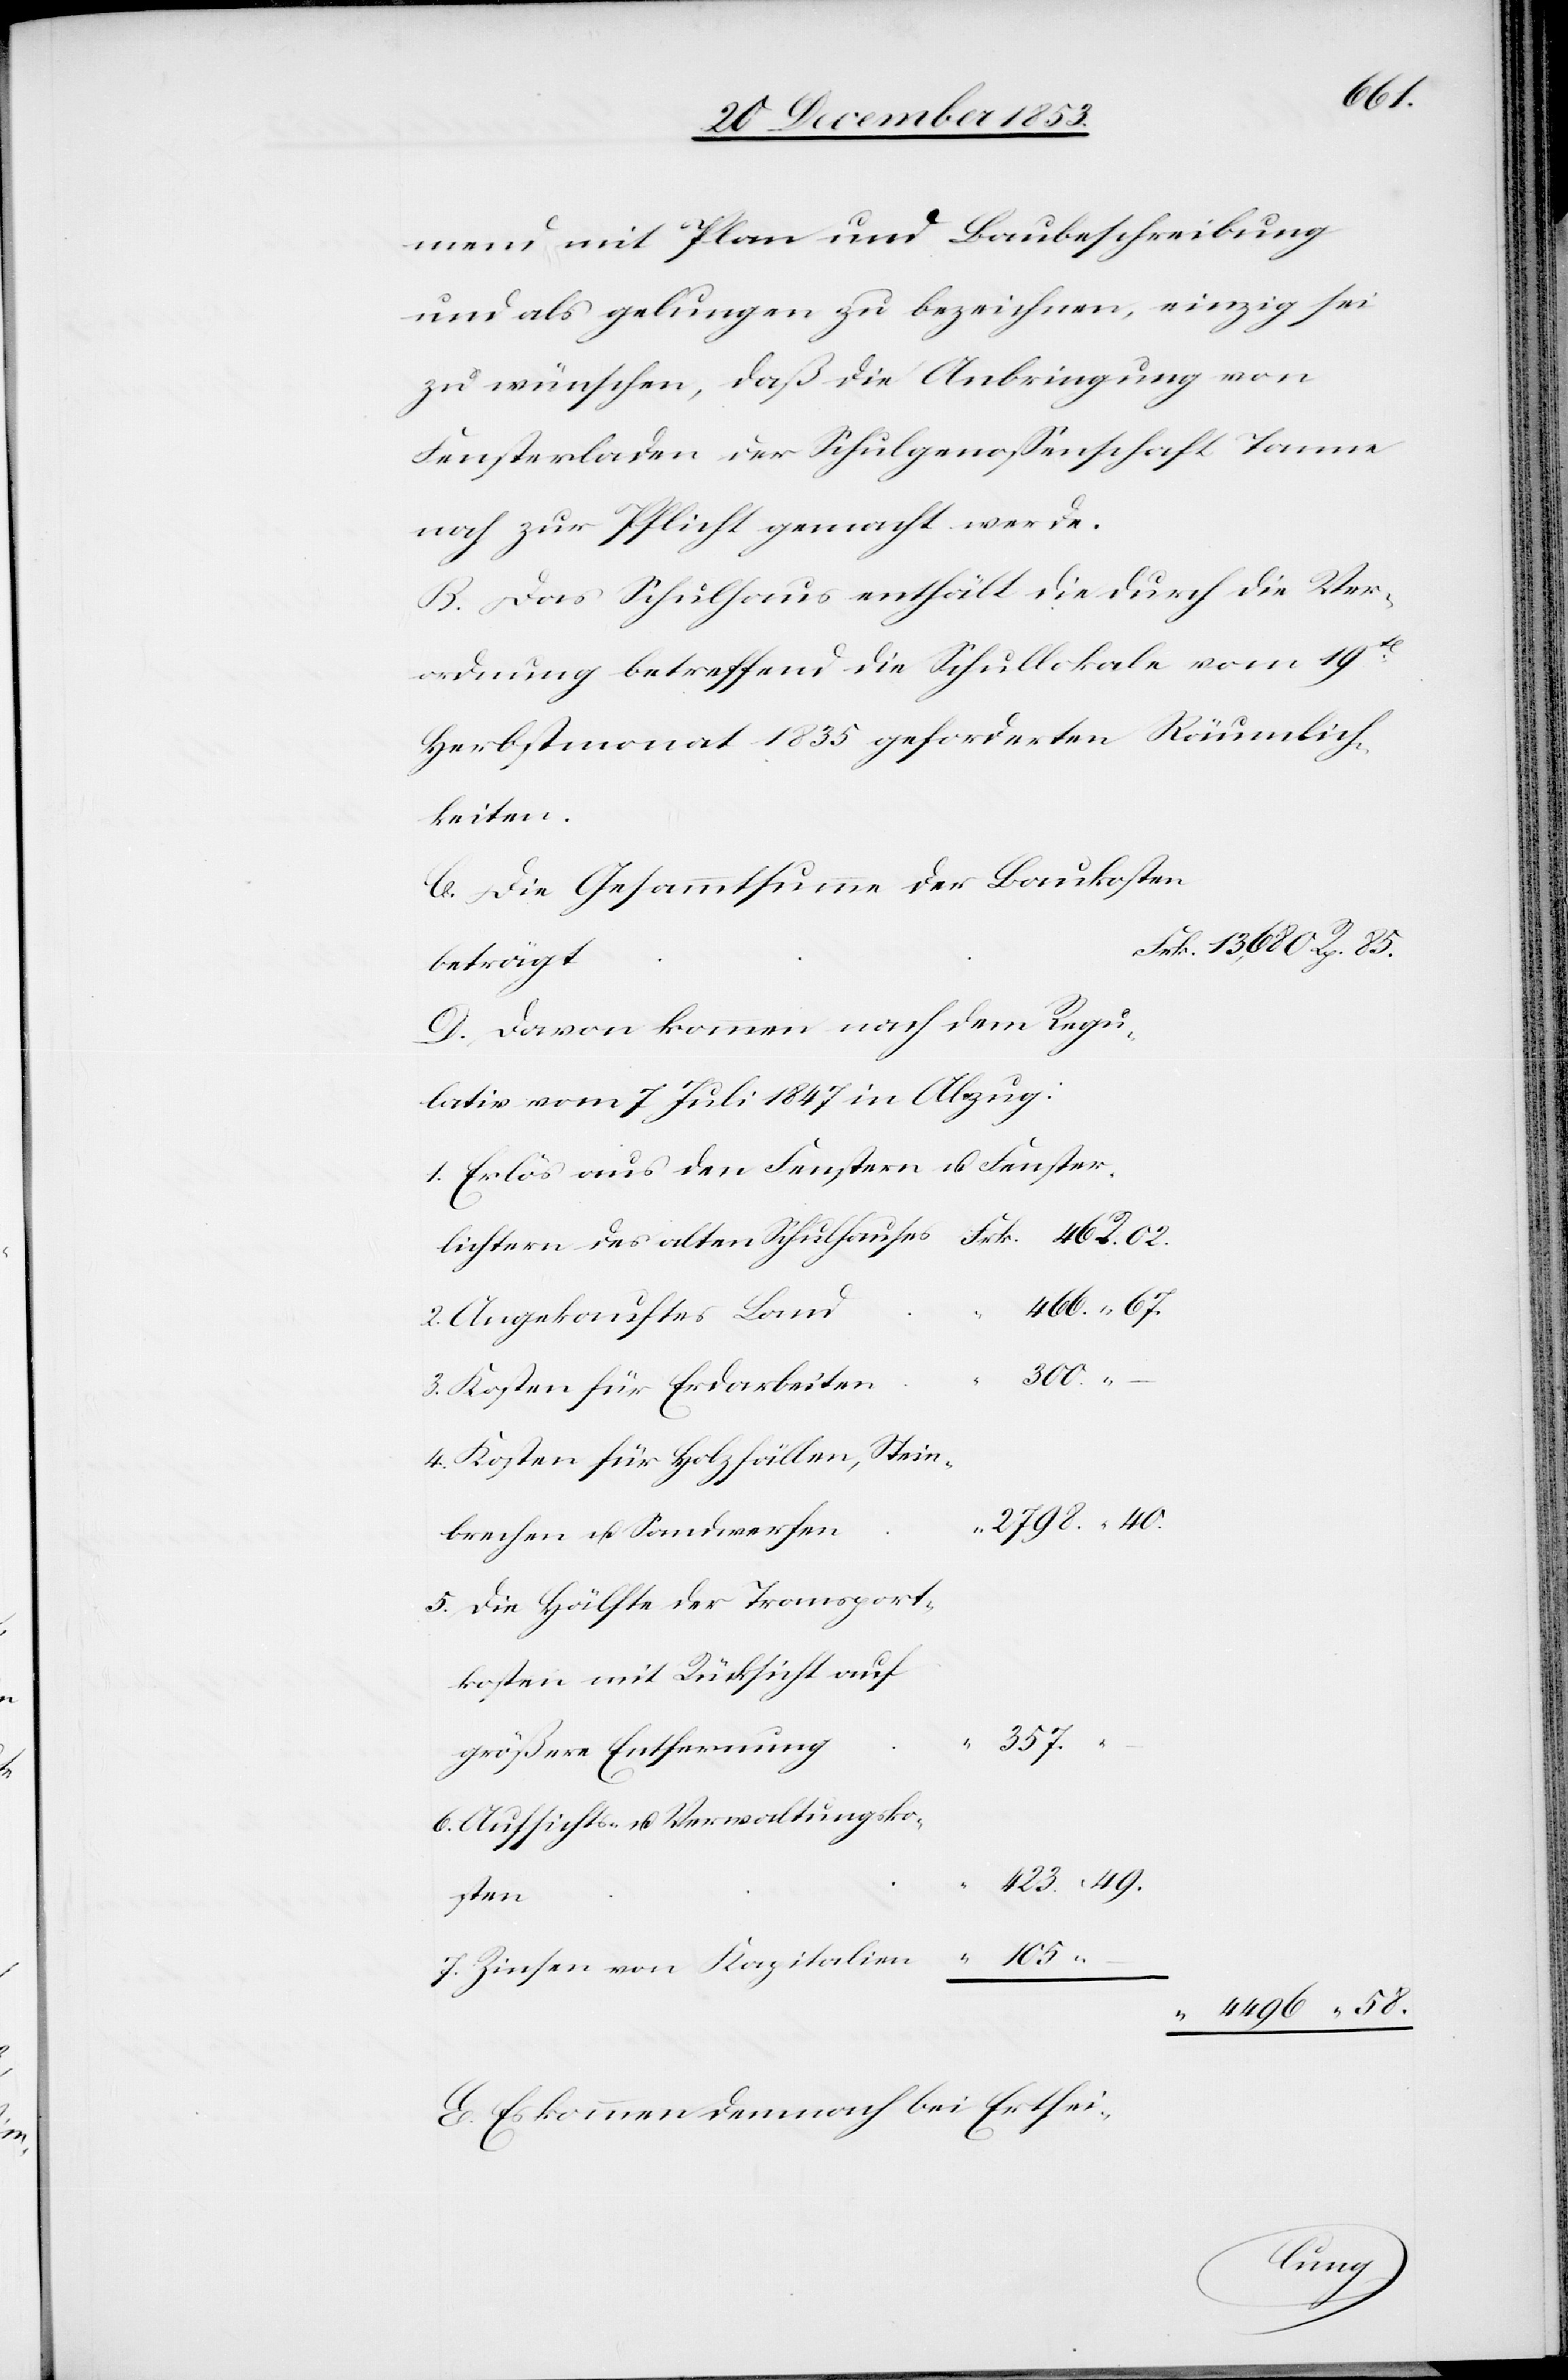
u.

40.
mend mit Plan und Baubeschreibung
und als gelungen zu bezeichnen, einzig sei
zu wünschen, daß die Anbringung von
Fensterladen der Schulgenoßenschaft Tanne
noch zur Pflicht gemacht werde.
B. Das Schulhaus enthält die durch die Ver¬
ordnung betreffend die Schullokale vom 19ten
Herbstmonat 1835 geforderten Räumlich¬
keiten.
C. Die Gesammtsumme der Baukosten.
D. Davon komme nach dem Regu¬
1. Erlös aus den Fenstern u. Fenster¬
466. “ 67.
2. Angekauftes Lan¬
300.
–
3. Kosten für Erdarbeite¬
4. Kosten für Holzfällen, Stein¬
5. Die Hälfte der Transport¬
357.
größere Entfernung	“
6. Aufsichts- u. Verwaltungsko¬
423. “ 49.
kosten
7. Zinsen von Kapitalien		 105.
4,496 “ 58.
E. Es kommen demnach bei Erthei-
sten	“